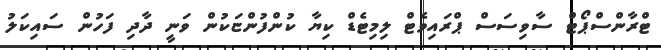
ޓްރާންސްޕޯޓް ސާވިސަސް ޕްރައިވެޓް ލިމިޓެޑް ކިޔާ ކުންފުންޏަކުން ވަނީ ދާދި ފަހުން ސައިކަލު